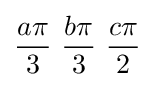
{a\pi  \over 3}\ {b\pi  \over 3}\ {c\pi  \over 2}